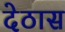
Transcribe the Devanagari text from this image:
देठास